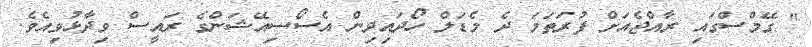
" ގޭމްސްގައި ރާއްޖެއަށް ފުރަތަމަ ދެ މެޑަލް ހޯދައިދިން އެސޯސިއޭޝަންގެ ރައީސް ވިދާޅުވިއެވެ.